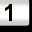
Digit: 1